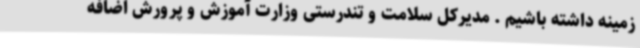
زمینه داشته باشیم . مدیرکل سلامت و تندرستی وزارت آموزش و پرورش اضافه